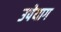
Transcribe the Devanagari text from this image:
उपेयाग